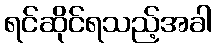
ရင်ဆိုင်ရသည့်အခါ